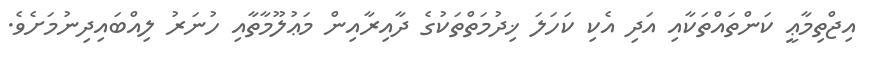
އިޖްތިމާޢީ ކަންތައްތަކާއި އަދި އެކި ކަހަލަ ޚިދުމަތްތަކުގެ ދާއިރާއިން މަޢުލޫމާތާއި ހުނަރު ލިއްބައިދިނުމަށެވެ.